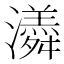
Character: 𭳫